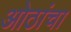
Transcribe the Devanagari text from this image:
ओठांचा